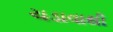
ચડાવાથી